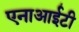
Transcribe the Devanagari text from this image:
एनाआईटी